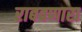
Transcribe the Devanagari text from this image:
राबवणारा